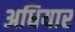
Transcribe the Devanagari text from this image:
अधियार